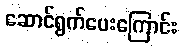
ဆောင်ရွက်ပေးကြောင်း